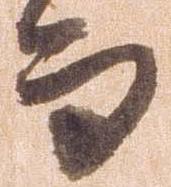
而